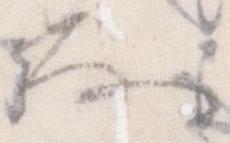
な